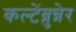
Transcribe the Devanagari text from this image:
कल्टेंब्रुन्नेर